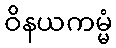
ဝိနယကမ္မံ